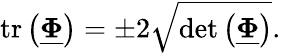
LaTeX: \mathrm{tr}\left(\underline{{\boldsymbol{\Phi}}}\right)=\pm 2\sqrt{\mathrm{det}\left(\underline{{\boldsymbol{\Phi}}}\right)}.